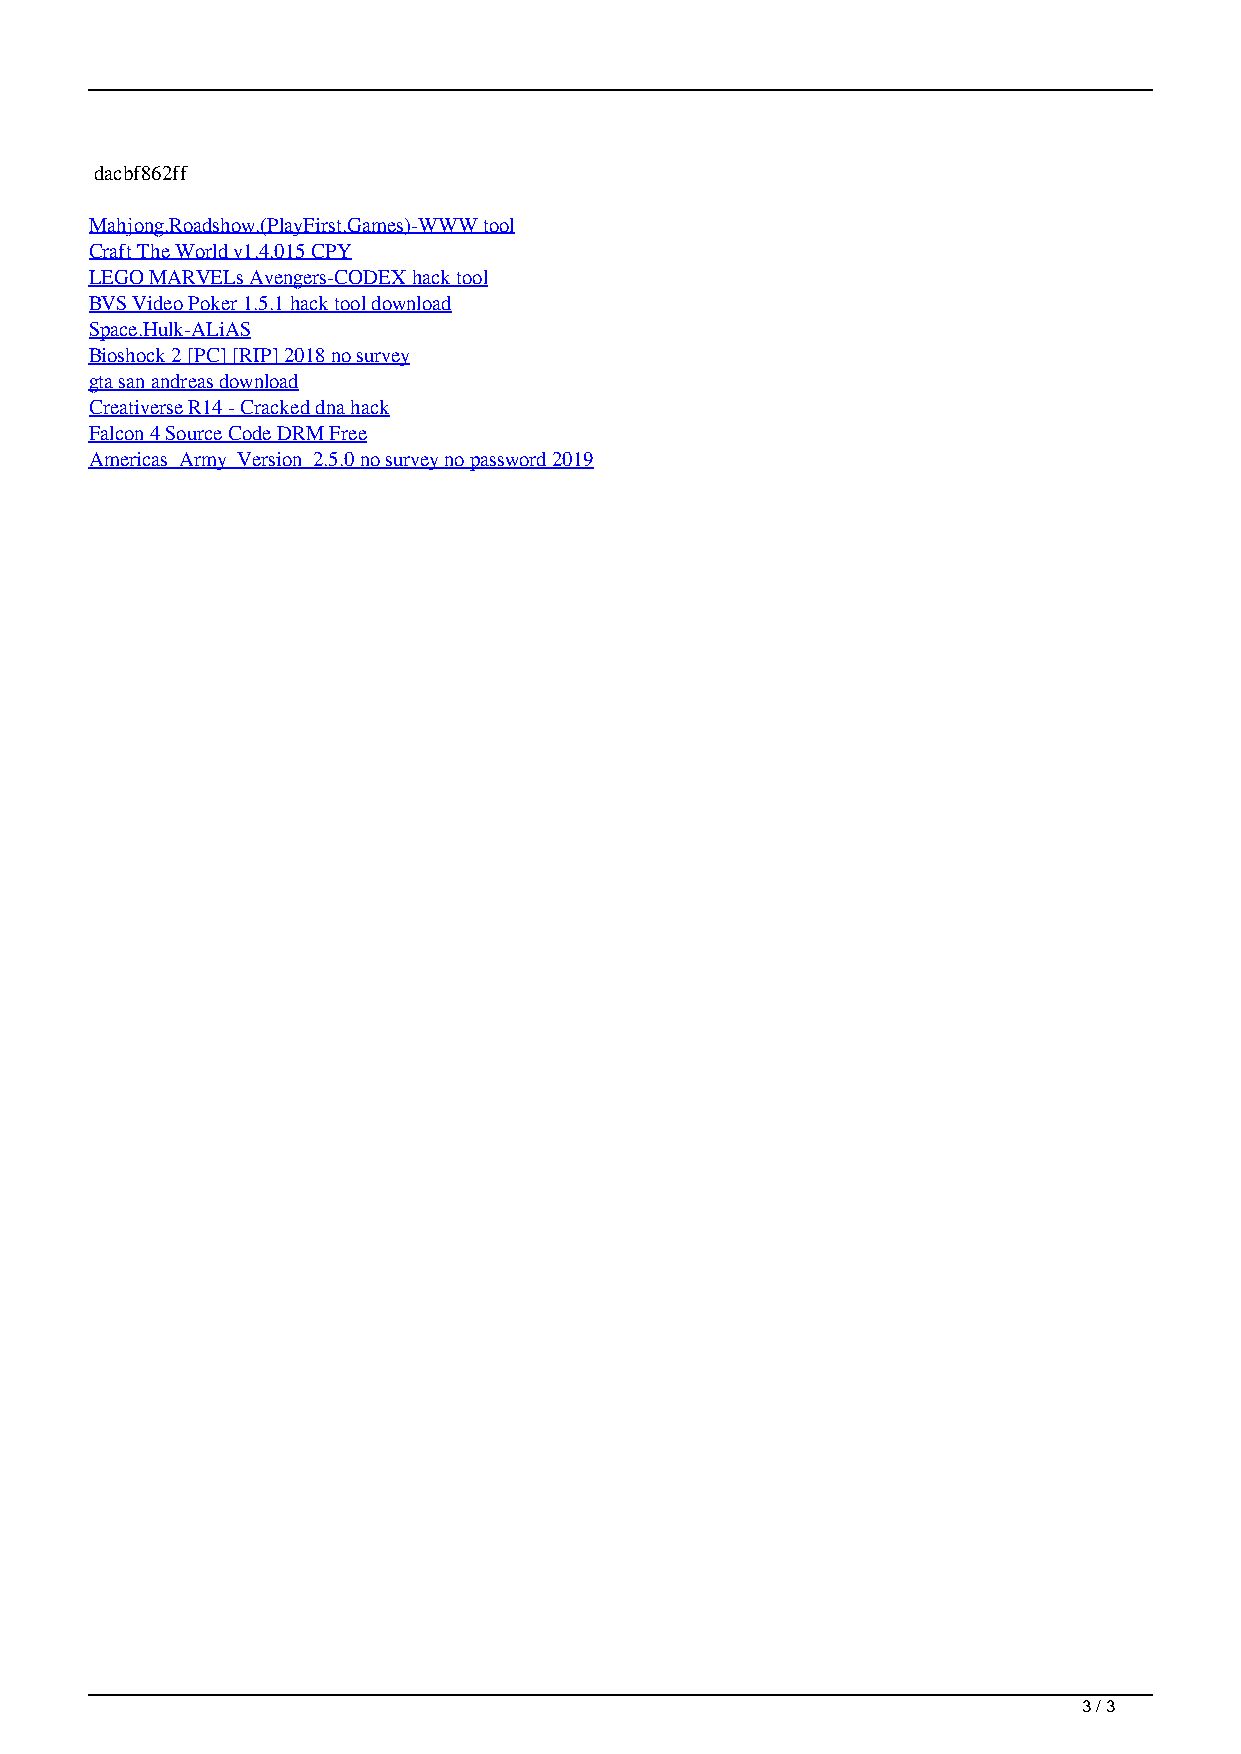
dacbf862ff
 Mahjong.Roadshow.(PlayFirst.Games)-WWW tool
 Craft The World v1.4.015 CPY
 LEGO MARVELs Avengers-CODEX hack tool
 BVS Video Poker 1.5.1 hack tool download
 Space.Hulk-ALiAS
 Bioshock 2 [PC] [RIP] 2018 no survey
 gta san andreas download
 Creativerse R14 - Cracked dna hack
 Falcon 4 Source Code DRM Free
 Americas_Army_Version_2.5.0 no survey no password 2019
 3 / 3
 ARK Park Unlimited Gems